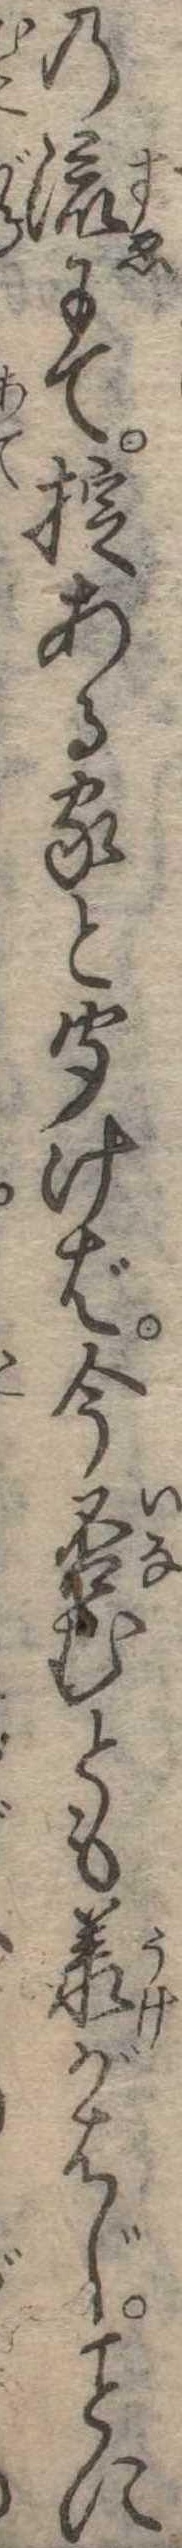
の流にて掟ある家と聞けば今否むとも承がはじに